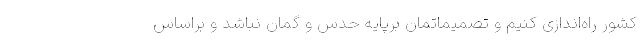
کشور راه‌اندازی کنیم و تصمیماتمان برپایه حدس و گمان نباشد و براساس